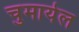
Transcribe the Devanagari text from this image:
चुमायेल